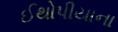
ઈથોપીયાના